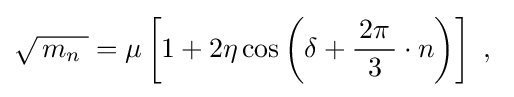
{\sqrt {\,m_{n}\;}}=\mu \left[1+2\eta \cos \left(\delta +{\frac {\,2\pi \,}{3}}\cdot n\right)\right]~,~